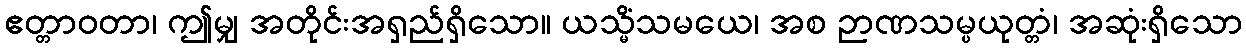
ဧတ္တာဝတာ၊ ဤမျှ အတိုင်းအရှည်ရှိသော။ ယသ္မိံသမယေ၊ အစ ဉာဏသမ္ပယုတ္တံ၊ အဆုံးရှိသော